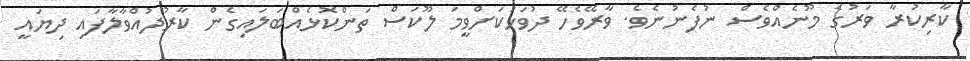
ކާރިކުރާ ވަރުގެ މޫނެއްވެސް ނުފެނުނެވެ. ވާރޭވެހޭ ދުވަހަކަށްވީމަ ލޫކަސް ތަންކޮޅެއްބަލައިގެން ކާރުދުއްވާލާފައި ދިޔައީ